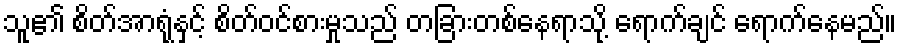
သူ၏ စိတ်အာရုံနှင့် စိတ်ဝင်စားမှုသည် တခြားတစ်နေရာသို့ ရောက်ချင် ရောက်နေမည်။